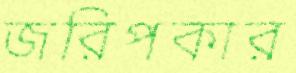
জরিপকার